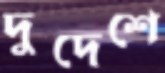
দুদেশে